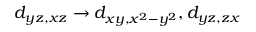
d _ { y z , x z } \rightarrow d _ { x y , x ^ { 2 } - y ^ { 2 } } , d _ { y z , z x }